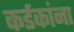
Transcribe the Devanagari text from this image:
कर्डकांना